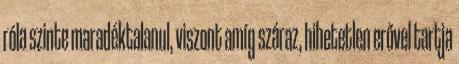
róla szinte maradéktalanul, viszont amíg száraz, hihetetlen erővel tartja